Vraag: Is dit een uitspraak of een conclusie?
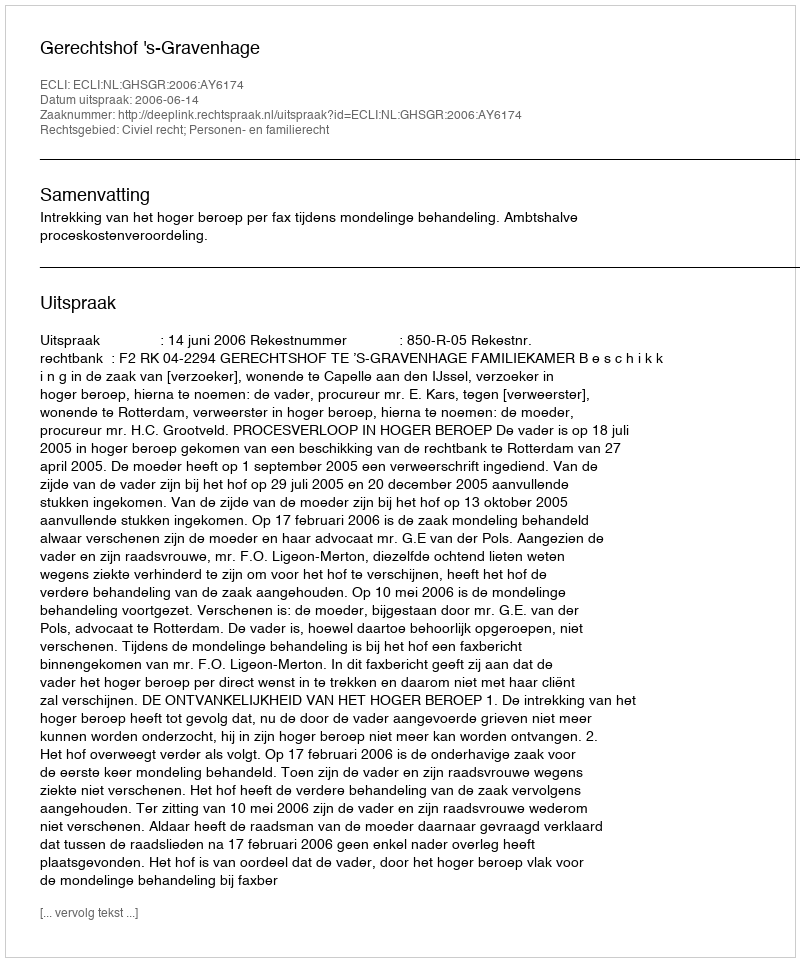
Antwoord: Uitspraak